Scientific memoirs by medical officers of the Army of India - Part XII,
Year: 1901
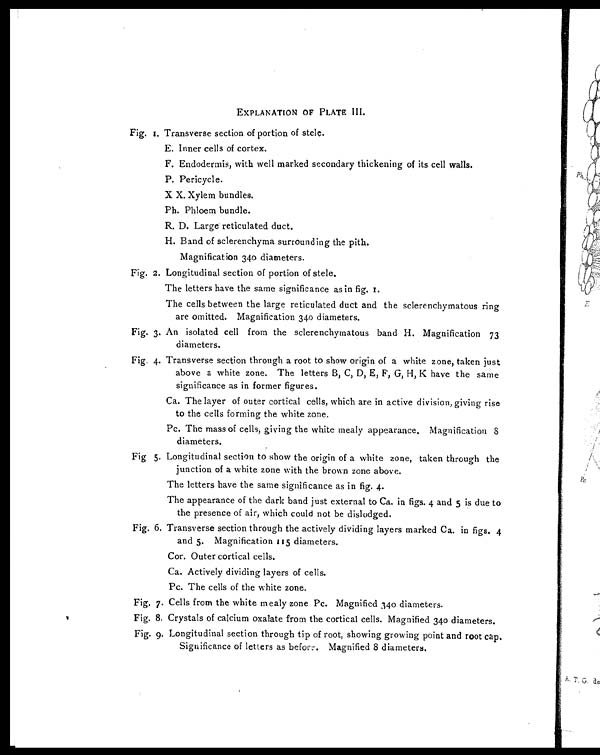
EXPLANATION OF PLATE III.
Fig. 1. Transverse section of portion of stele.
E. Inner cells of cortex.
F. Endodermis, with well marked secondary thickening of its cell walls.
P. Pericycle.
X X. Xylem bundles.
Ph. Phloem bundle.
R. D. Large reticulated duct.
H. Band of sclerenchyma surrounding the pith.
Magnification 340 diameters.
Fig. 2. Longitudinal section of portion of stele.
The letters have the same significance as in fig. 1.
The cells between the large reticulated duct and the sclerenchymatous ring
are omitted. Magnification 340 diameters.
Fig. 3. An isolated cell from the sclerenchymatous band H. Magnification 73
diameters.
Fig. 4. Transverse section through a root to show origin of a white zone, taken just
above a white zone. The letters B, C, D, E, F, G, H, K have the same
significance as in former figures.
Ca. The layer of outer cortical cells, which are in active division, giving rise
to the cells forming the white zone.
Pc. The mass of cells, giving the white mealy appearance, Magnification
8 diameters.
Fig 5. Longitudinal section to show the origin of a white zone, taken through the
junction of a white zone with the brown zone above.
The letters have the same significance as in fig. 4.
The appearance of the dark band just external to Ca. in figs. 4 and 5 is due to
the presence of air, which could not be dislodged.
Fig. 6. Transverse section through the actively dividing layers marked Ca. in figs. 4
and 5. Magnification 115 diameters.
Cor. Outer cortical cells.
Ca. Actively dividing layers of cells.
Pc. The cells of the white zone.
Fig. 7. Cells from the white mealy zone Pc. Magnified 340 diameters.
Fig. 8. Crystals of calcium oxalate from the cortical cells. Magnified 340 diameters.
Fig. 9. Longitudinal section through tip of root, showing growing point and root cap.
Significance of letters as befor. Magnified 8 diameters.